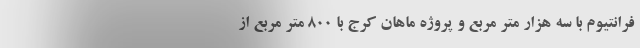
فرانتیوم با سه هزار متر مربع و پروژه ماهان کرج با ۸۰۰ متر مربع از